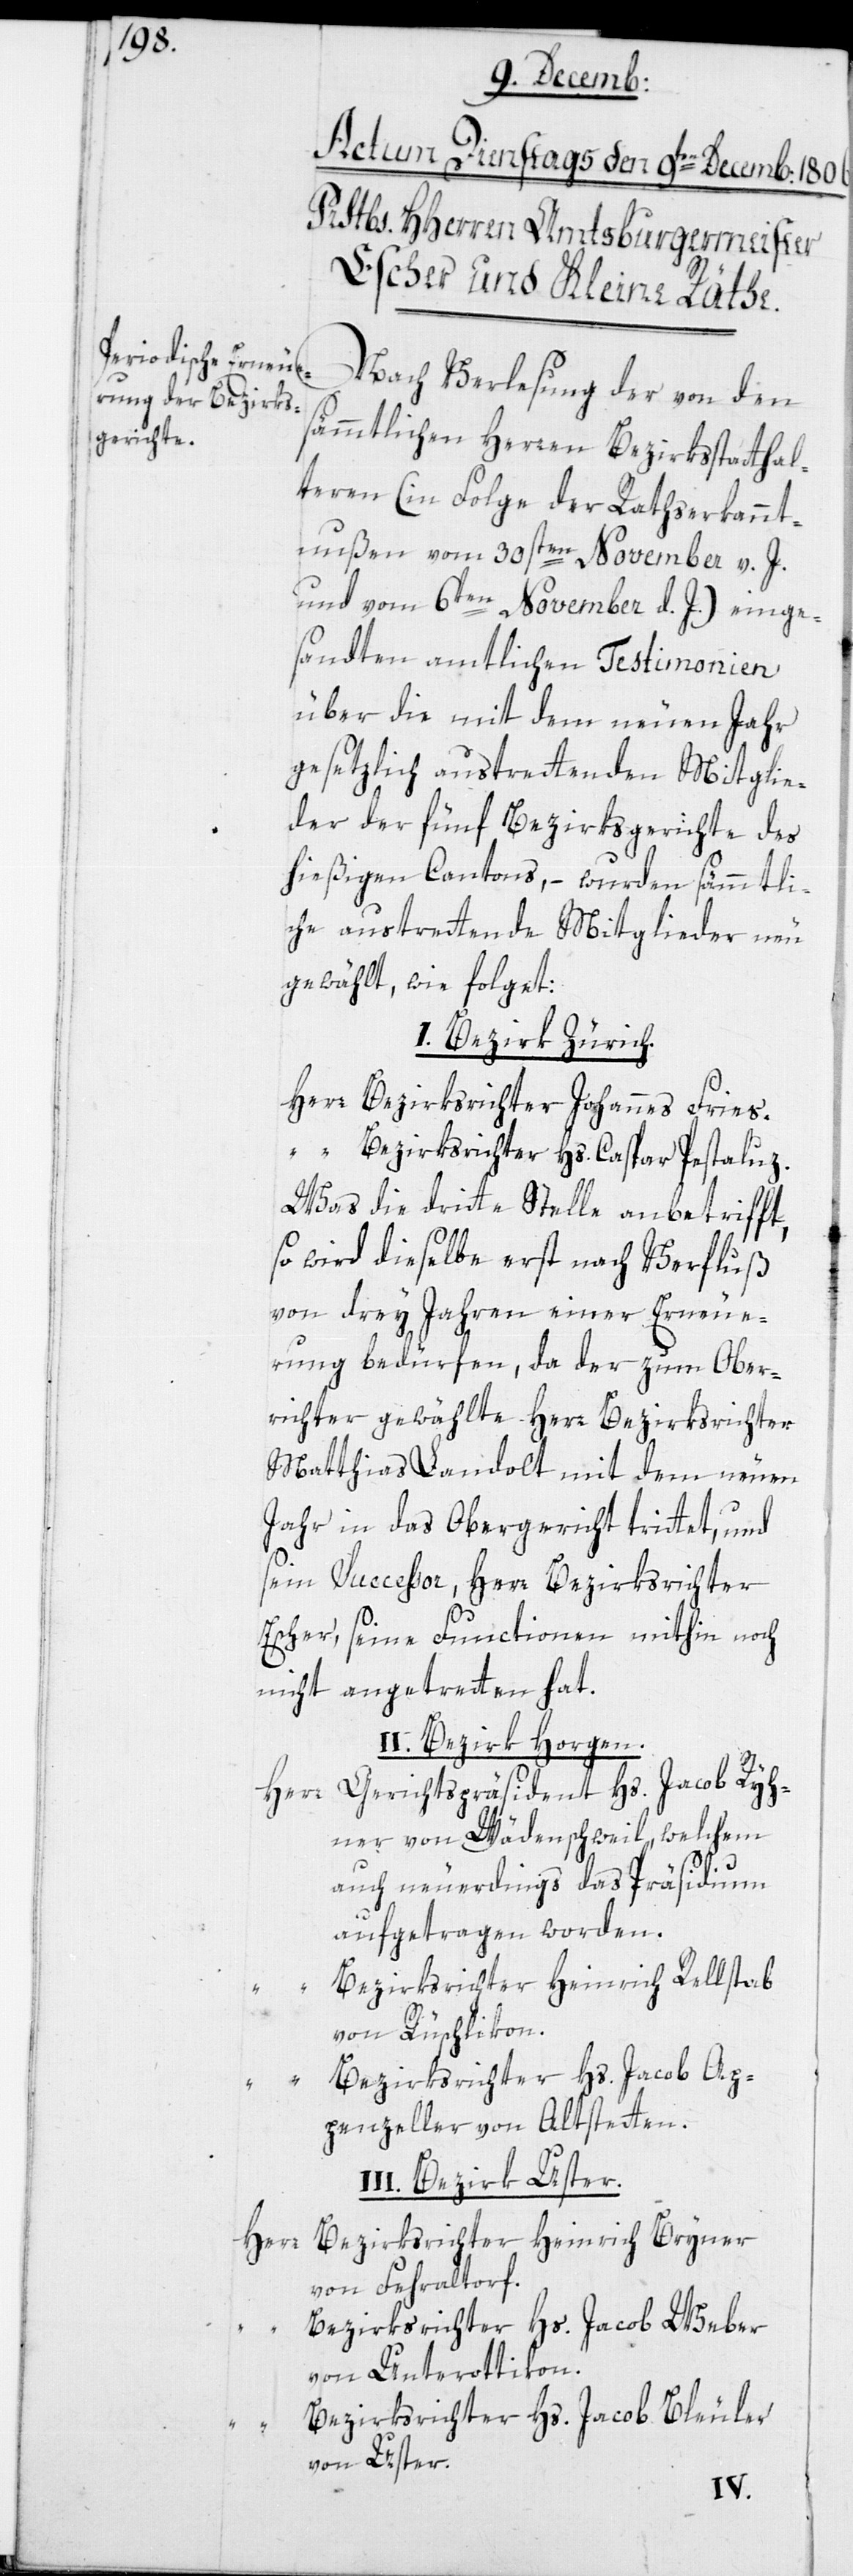
Nach Verlesung der von den
sämmtlichen Herren Bezirksstatthal¬
teren (in der Folge Rathserkannt¬
nußen vom 30sten November v. J.
und vom 6ten November d. J.) einge¬
sandten amtlichen Testimonien
über die mit dem neuen Jahr
gesetzlich austrettenden Mitglie¬
der der fünf Bezirksgerichte des
hießigen Cantons, – wurden sämmtli¬
che austretende Mitglieder neu
gewählt, wie folget:
I. Bezirk Zürich.
Herr Bezirksrichter Johannes Fries.
“ Bezirksrichter Hs. Caspar Pestaluz.
Was die dritte Stelle anbetrifft,
so wird dieselbe erst nach Verfluß
von drey Jahren einer Erneue¬
rung bedürfen, da der zum Ober¬
richter gewählte Herr Bezirksrichter
Matthias Landolt mit dem neuen
Jahr in das Obergericht trittet, und
seyn Successor, Herr Bezirksrichter
Escher, seine Functionen mithin noch
nicht angetreten hat.
II. Bezirk Horgen.
Herr Gerichtspräsident Hs. Jacob Ryh¬
ner von Wädenschweil, welchem
auch neuerdings das Präsidium
aufgetragen worden.
Bezirksrichter Heinrich Rellstab
von Rüschlikon.
Bezirksrichter Hs. Jacob Ap¬
penzeller von Altstetten.
II. Bezirk Uster.
Herr Bezirksrichter Heinrich Bryner
von Fehraltorf.
Bezirksrichter Hs. Jacob Weber
von Unterottikon.
Bezirksrichter Hs. Jacob Bleuler
von Uster.
I¬